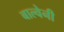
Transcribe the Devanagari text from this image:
बाल्वेनी